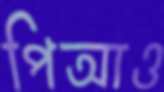
পিআও